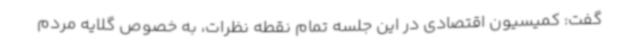
گفت: کمیسیون اقتصادی در این جلسه تمام نقطه نظرات، به خصوص گلایه مردم